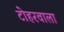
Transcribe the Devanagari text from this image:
टोहरवाला